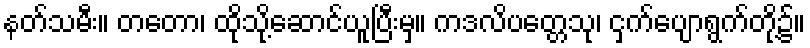
နတ်သမီး။ တတော၊ ထိုသို့ဆောင်ယူပြီးမှ။ ကဒလိပတ္တေသု၊ ငှက်ပျောရွက်တို့၌။